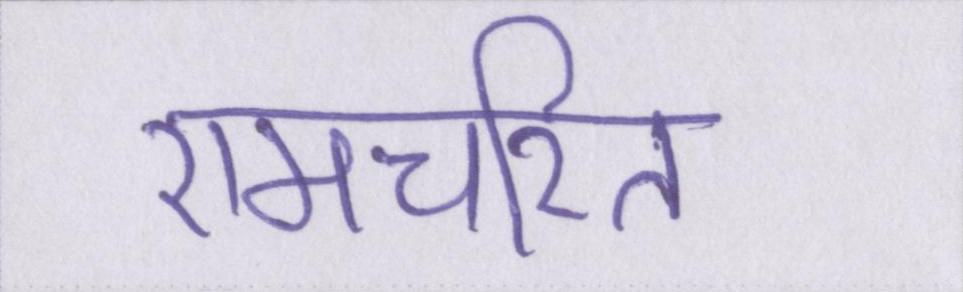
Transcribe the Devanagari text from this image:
रामचरित